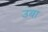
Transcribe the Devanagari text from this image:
उबा